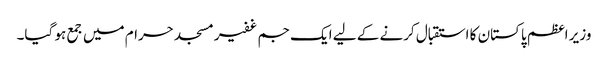
وزیر اعظم پاکستان کا استقبال کرنے کے لیے ایک جم غفیرمسجد حرام میں جمع ہو گیا۔